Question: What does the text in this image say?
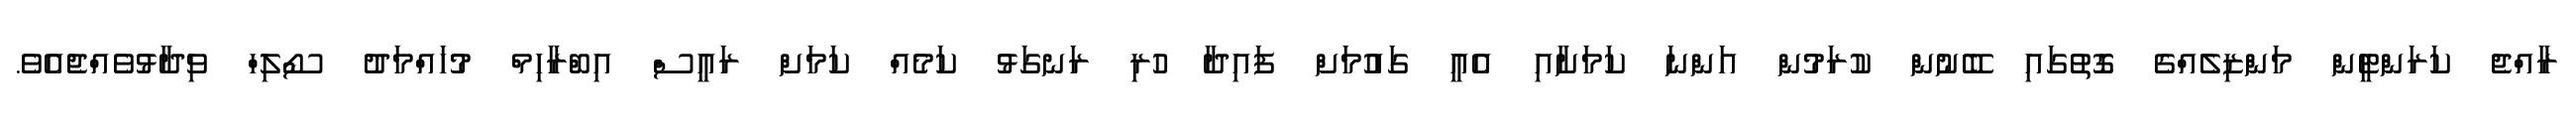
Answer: ރާއްޖެ ކަރަންޓީން މަންޒިލެއްގެ ގޮތުގައި ބޭނުން ކުރަމުން އަންނަ ކަމަށާއި އެއީ ގައުމަށް ފައިދާ ހުރި ރަނގަޅު ކަމެއް ކަމަށް ރައީސް އިބްރާހިމް މުހައްމަދު ސޯލިހް ވިދާޅުވެއްޖެއެވެ.